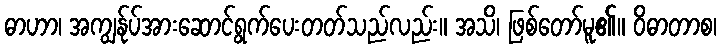
ဓာဟာ၊ အကျွန်ုပ်အားဆောင်ရွက်ပေးတတ်သည်လည်း။ အသိ၊ ဖြစ်တော်မူ၏။ ဝိဓာတာစ၊